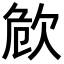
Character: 𣢪